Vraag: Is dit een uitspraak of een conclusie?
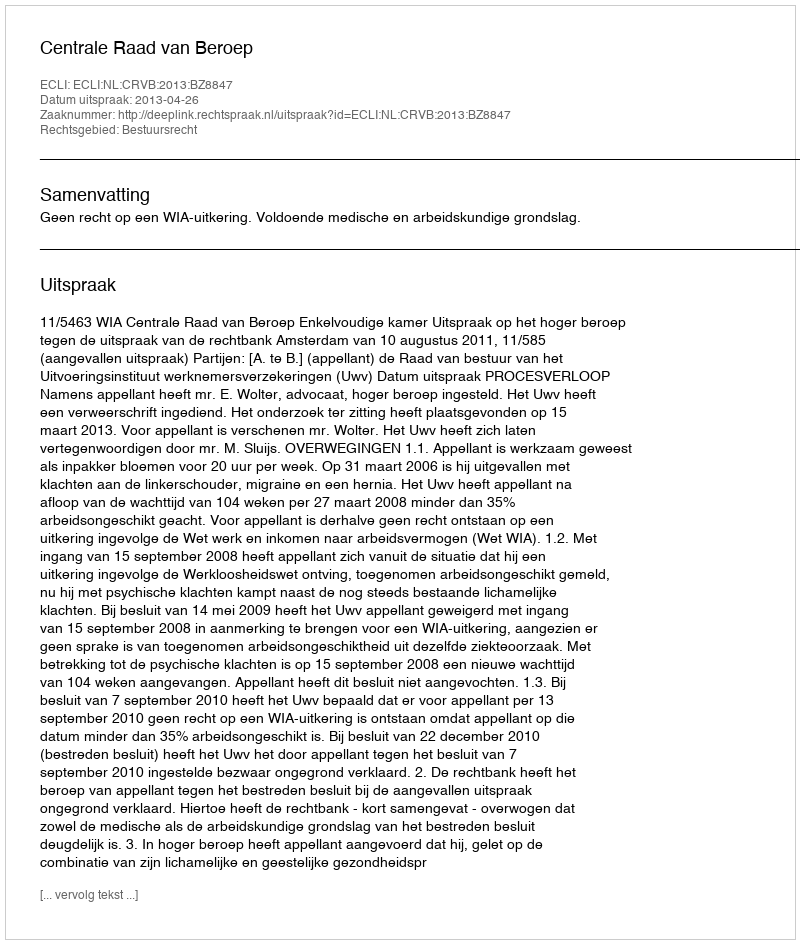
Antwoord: Uitspraak